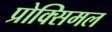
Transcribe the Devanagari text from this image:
प्रोक्सिमल